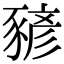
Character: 𧱱